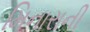
મિનારાની